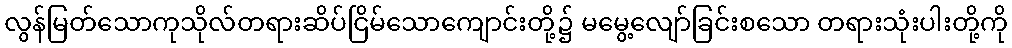
လွန်မြတ်သောကုသိုလ်တရားဆိပ်ငြိမ်သောကျောင်းတို့၌ မမွေ့လျော်ခြင်းစသော တရားသုံးပါးတို့ကို